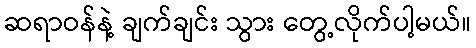
ဆရာဝန်နဲ့ ချက်ချင်း သွား တွေ့လိုက်ပါ့မယ်။